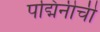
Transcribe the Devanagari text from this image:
पद्मिनीची